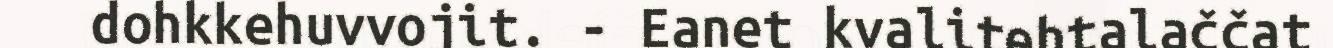
dohkkehuvvojit. - Eanet kvalitehtalaččat